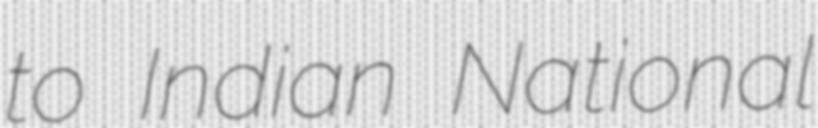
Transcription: to Indian National